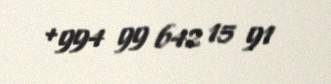
+994 99 642 15 91